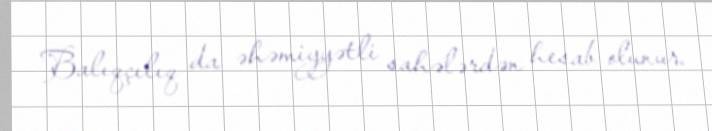
Balıqçılıq da əhəmiyyətli sahələrdən hesab olunur.